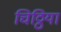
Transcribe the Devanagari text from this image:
चिठ्ठियां